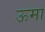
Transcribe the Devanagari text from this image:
ऊमा